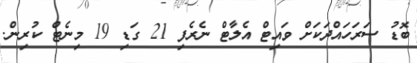
ބޮޑު ސަރަހައްދަކަށް ވައިޓް އެލާޓް ނެރެފި 21 ގަޑި 19 މިނެޓް ކުރިން.